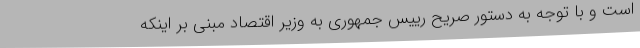
است و با توجه به دستور صریح رییس جمهوری به وزیر اقتصاد مبنی بر اینکه